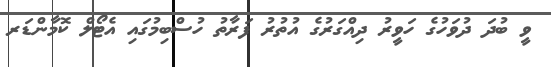
ވީ ބުދަ ދުވަހުގެ ހަވީރު ދިއްގަރުގެ އުތުރު ފަރާތު ހުސްބިމުގައި އެޓޯލް ކޮމާންޑަރ